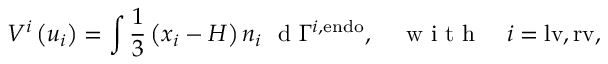
V ^ { i } \left( u _ { i } \right) = \int \frac { 1 } { 3 } \left( x _ { i } - H \right) n _ { i } \ \mathrm { ~ d ~ } \Gamma ^ { i , \mathrm { { e n d o } } } , \quad \mathrm { ~ w ~ i ~ t ~ h ~ } \quad i = \mathrm { { l v } , \mathrm { { r v } , } }